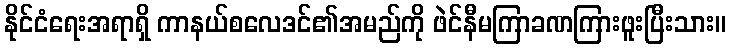
နိုင်ငံရေးအရာရှိ ကာနယ်စလေဒင်၏အမည်ကို ဖဲင်နီမကြာခဏကြားဖူးပြီးသား။